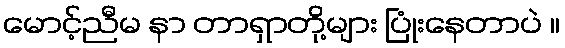
မောင့်ညီမ နာ တာရှာတို့များ ပြုံးနေတာပဲ ။